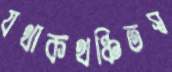
যথাকথঞ্চিতস্ব